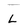
Character: l